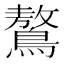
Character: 鷔